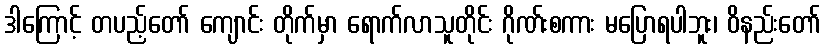
ဒါကြောင့် တပည့်တော် ကျောင်း တိုက်မှာ ရောက်လာသူတိုင်း ဂိုဏ်းစကား မပြောရပါဘူး၊ ဝိနည်းတော်